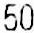
50